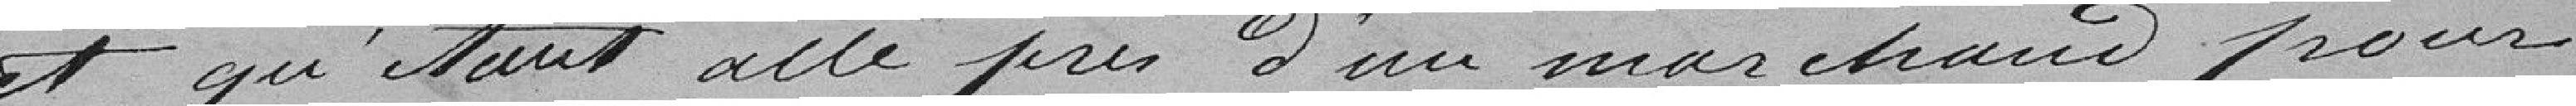
et qu'étant allé près d'un marchand pour